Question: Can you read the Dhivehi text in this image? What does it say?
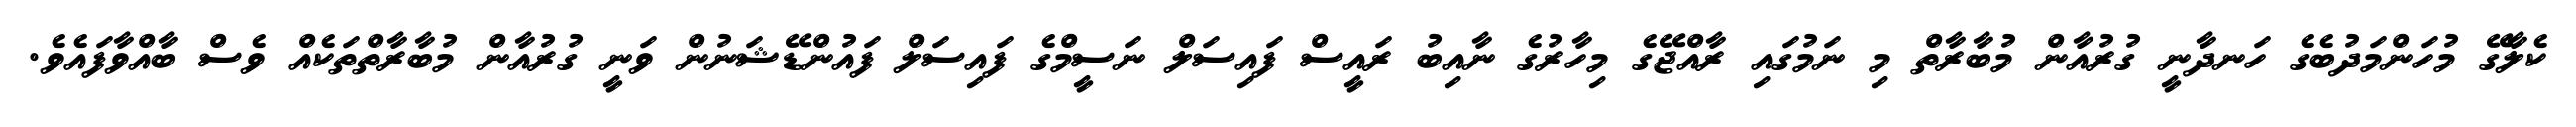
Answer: ކެލާގޭ މުހަންމަދުބެގެ ހަނދާނީ ގުރުއާން މުބާރާތް މި ނަމުގައި ރާއްޖޭގެ މިހާރުގެ ނާއިބު ރައީސް ފައިސަލް ނަސީމްގެ ފައިސަލް ފައުންޑޭޝަނުން ވަނީ ގުރުއާން މުބާރާތްތަކެއް ވެސް ބާއްވާފައެވެ.